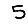
Digit: 5